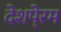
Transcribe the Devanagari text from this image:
देशपे्रम